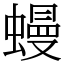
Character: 蟃